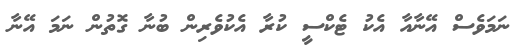
ނަމަވެސް އޭނާއާ އެކު ޓެކްސީ ކުރާ އެކުވެރިން ބުނާ ގޮތުން ނަމަ އޭނާ